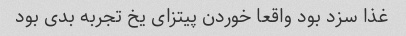
غذا سزد بود واقعا خوردن پیتزای یخ تجربه بدی بود